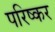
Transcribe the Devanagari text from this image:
परिष्कर